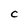
Character: C